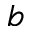
b